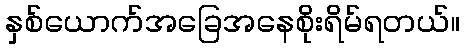
နှစ်ယောက်အခြေအနေစိုးရိမ်ရတယ်။